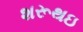
શરૂથઇ